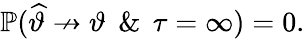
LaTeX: \mathbb{P}(\widehat{\vartheta}\not\to\vartheta\: \: \& \: \: \tau=\infty)=0.